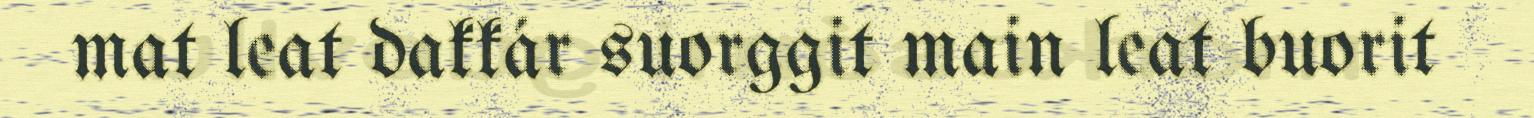
mat leat dakkár suorggit main leat buorit